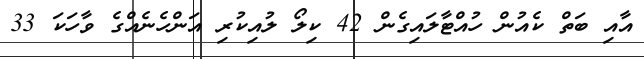
އާއި ބަތް ކެއުން ހުއްޓާލައިގެން 42 ކިލޯ ލުއިކުރި އަންހެނެއްގެ ވާހަކަ 33